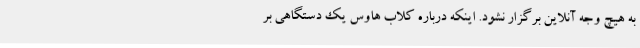
به هیچ وجه آنلاین برگزار نشود. اینکه درباره کلاب هاوس یک دستگاهی بر